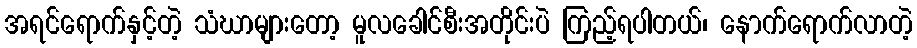
အရင်ရောက်နှင့်တဲ့ သံဃာများတော့ မူလခေါင်စီးအတိုင်းပဲ ကြည့်ရပါတယ်၊ နောက်ရောက်လာတဲ့